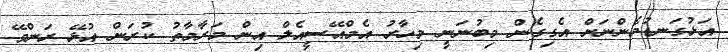
އަޅުގަނޑުމެންނަށް އެގިގެން މިބުނަނީ މިހާރު އެމްއޭސީއެލް އިން މަރާމާތު ކުރަން އުޅޭ ރަންވޭ